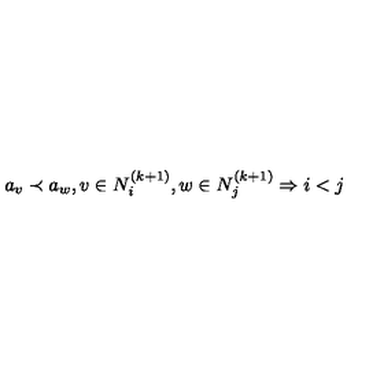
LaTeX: a _ { v } \prec a _ { w } , v \in N _ { i } ^ { ( k + 1 ) } , w \in N _ { j } ^ { ( k + 1 ) } \Rightarrow i < j